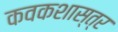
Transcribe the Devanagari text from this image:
कवकशास्त्र